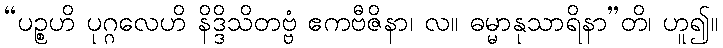
“ပဉ္စဟိ ပုဂ္ဂလေဟိ နိဒ္ဒိသိတဗ္ဗံ ဧကဗီဇိနာ၊ လ။ ဓမ္မာနုသာရိနာ”တိ၊ ဟူ၍။